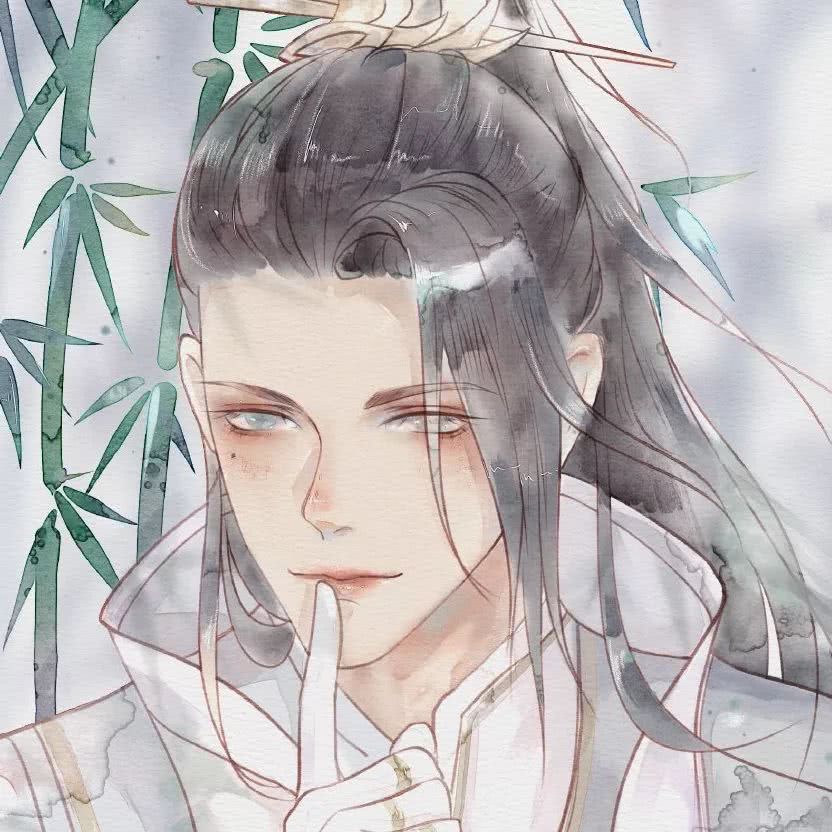
谁料同心结不成，翻就相思结。